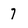
Character: 7